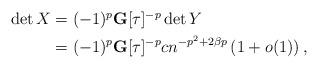
LaTeX: \begin{align*}\begin{aligned}\det X &= (-1)^{p}\mathbf{G}[\tau]^{-p}\det Y \\&= (-1)^{p}\mathbf{G}[\tau]^{-p}cn^{-p^{2}+2\beta p} \left( 1+o(1) \right),\end{aligned}\end{align*}